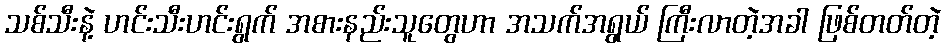
သစ်သီးနဲ့ ဟင်းသီးဟင်းရွက် အစားနည်းသူတွေဟာ အသက်အရွယ် ကြီးလာတဲ့အခါ ဖြစ်တတ်တဲ့